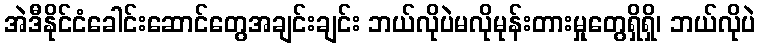
အဲဒီနိုင်ငံခေါင်းဆောင်တွေအချင်းချင်း ဘယ်လိုပဲမလိုမုန်းတားမှုတွေရှိရှိ၊ ဘယ်လိုပဲ